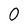
Character: 0